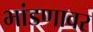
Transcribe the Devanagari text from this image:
भांडणावर